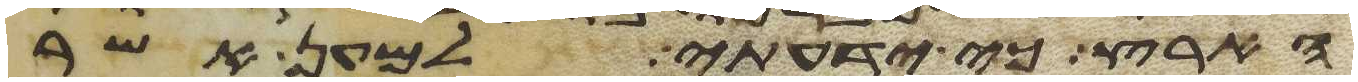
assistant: הארץ כי ידעתי למען אשר